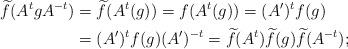
LaTeX: \begin{align*}\widetilde f (A^t g A^{-t}) &= \widetilde f ( A^t(g) ) = f ( A^t(g) ) = (A')^t f(g)\\& = (A')^t f(g)(A')^{-t} = \widetilde f (A^t) \widetilde f(g) \widetilde f (A^{-t});\end{align*}